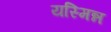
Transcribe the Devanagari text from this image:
यस्मिन्न